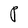
Character: P